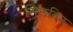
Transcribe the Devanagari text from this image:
सिलविन